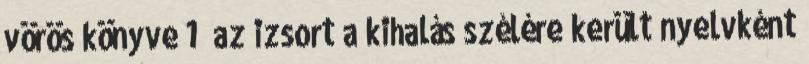
vörös könyve 1 az izsort a kihalás szélére került nyelvként